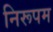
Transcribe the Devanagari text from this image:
निरूपम